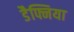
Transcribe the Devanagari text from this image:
डैफ्निया